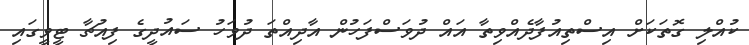
ކުއްލި ގޮތަކަށް އިސްތިއުފާދެއްވިތާ އައް ދުވަސްފަހުން އާދިއްތަ ދުވަހު ސައުދީގެ ފިއުޗާ ޓީވީގައި